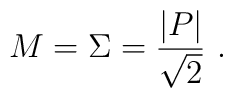
M = \Sigma = \frac{|P| }{\sqrt {2 }} \, \, .